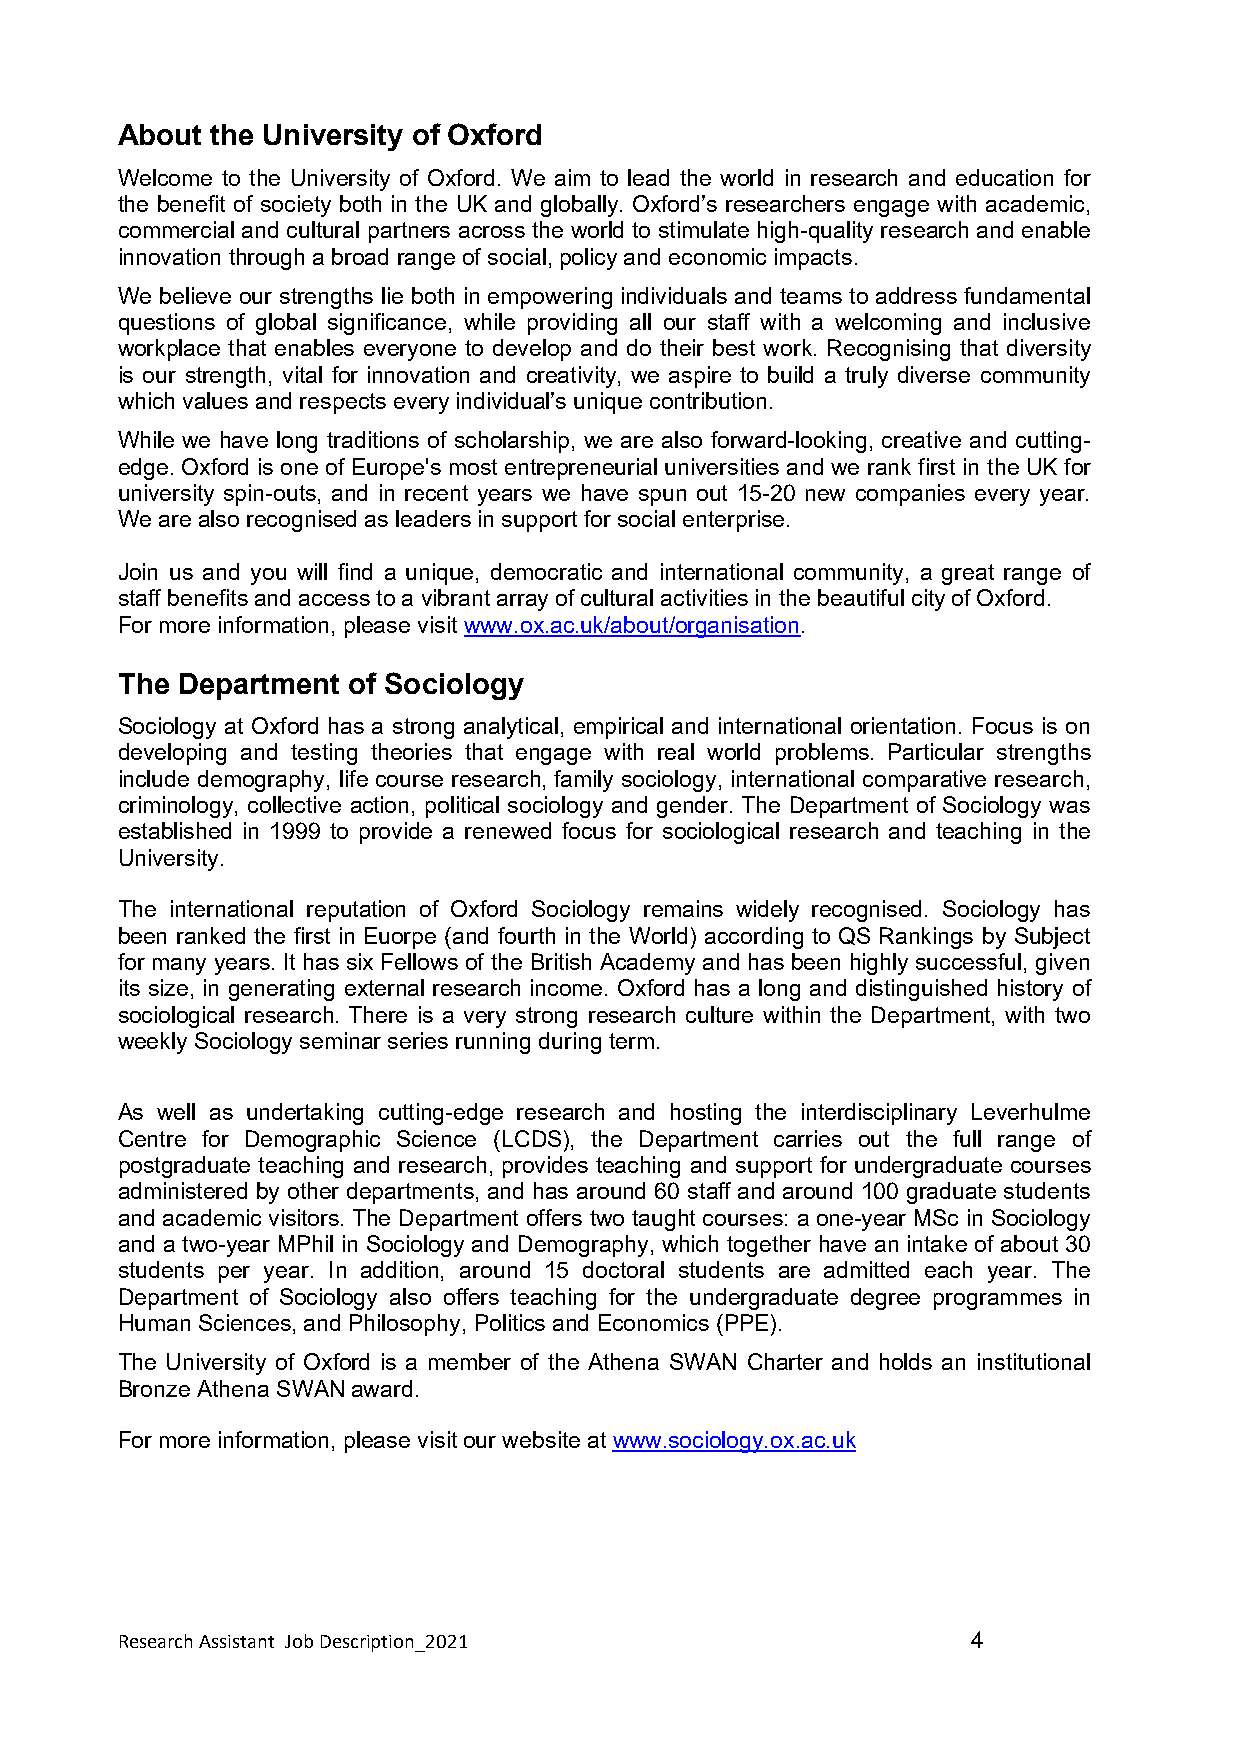
About the University of Oxford
 Welcome to the University of Oxford. We aim to lead the world in research and education for
 the benefit of society both in the UK and globally. Oxford’s researchers engage with academic,
 commercial and cultural partners across the world to stimulate high-quality research and enable
 innovation through a broad range of social, policy and economic impacts.
 We believe our strengths lie both in empowering individuals and teams to address fundamental
 questions of global significance, while providing all our staff with a welcoming and inclusive
 workplace that enables everyone to develop and do their best work. Recognising that diversity
 is our strength, vital for innovation and creativity, we aspire to build a truly diverse community
 which values and respects every individual’s unique contribution.
 While we have long traditions of scholarship, we are also forward-looking, creative and cutting-
 edge. Oxford is one of Europe's most entrepreneurial universities and we rank first in the UK for
 university spin-outs, and in recent years we have spun out 15-20 new companies every year.
 We are also recognised as leaders in support for social enterprise.
 Join us and you will find a unique, democratic and international community, a great range of
 staff benefits and access to a vibrant array of cultural activities in the beautiful city of Oxford.
 For more information, please visit www.ox.ac.uk/about/organisation.
 The Department of Sociology
 Sociology at Oxford has a strong analytical, empirical and international orientation. Focus is on
 developing and testing theories that engage with real world problems. Particular strengths
 include demography, life course research, family sociology, international comparative research,
 criminology, collective action, political sociology and gender. The Department of Sociology was
 established in 1999 to provide a renewed focus for sociological research and teaching in the
 University.
 The international reputation of Oxford Sociology remains widely recognised. Sociology has
 been ranked the first in Euorpe (and fourth in the World) according to QS Rankings by Subject
 for many years. It has six Fellows of the British Academy and has been highly successful, given
 its size, in generating external research income. Oxford has a long and distinguished history of
 sociological research. There is a very strong research culture within the Department, with two
 weekly Sociology seminar series running during term.
 As well as undertaking cutting-edge research and hosting the interdisciplinary Leverhulme
 Centre for Demographic Science (LCDS), the Department carries out the full range of
 postgraduate teaching and research, provides teaching and support for undergraduate courses
 administered by other departments, and has around 60 staff and around 100 graduate students
 and academic visitors. The Department offers two taught courses: a one-year MSc in Sociology
 and a two-year MPhil in Sociology and Demography, which together have an intake of about 30
 students per year. In addition, around 15 doctoral students are admitted each year. The
 Department of Sociology also offers teaching for the undergraduate degree programmes in
 Human Sciences, and Philosophy, Politics and Economics (PPE).
 The University of Oxford is a member of the Athena SWAN Charter and holds an institutional
 Bronze Athena SWAN award.
 For more information, please visit our website at www.sociology.ox.ac.uk
 Research Assistant Job Description_2021                 4